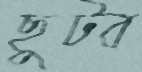
ছুটব